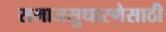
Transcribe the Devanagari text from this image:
समाजसुधारणेसाठी